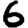
Digit: 6